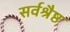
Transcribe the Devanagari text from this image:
सर्वश्रैष्ठ